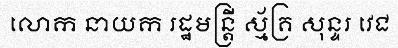
លោក នាយក រដ្ឋមន្ត្រី ស្ម័គ្រ សុន្ទរ វេជ